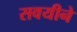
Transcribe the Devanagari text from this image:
सवयीने